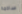
ساذجة